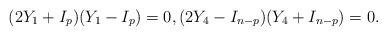
LaTeX: \begin{align*}(2Y_1 +I_p) (Y_1-I_{p})=0, (2Y_4 - I_{n-p})(Y_4+ I_{n-p})=0.\end{align*}